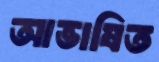
আভাষিত